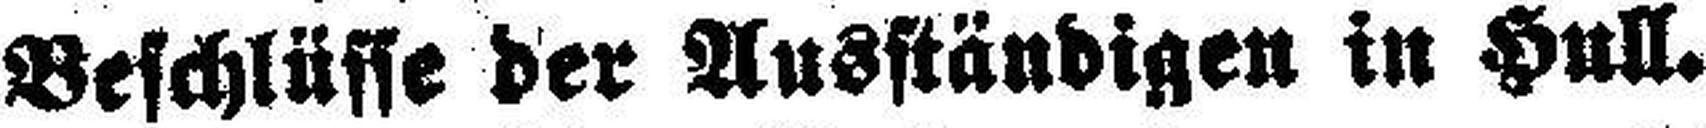
Beschlüsse der Ausständigen in Hull.